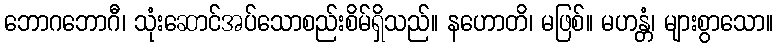
ဘောဂဘောဂီ၊ သုံးဆောင်အပ်သောစည်းစိမ်ရှိသည်။ နဟောတိ၊ မဖြစ်။ မဟန္တံ၊ များစွာသော။